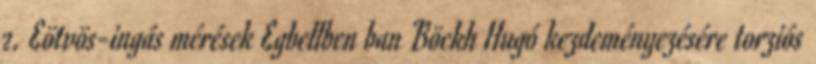
2. Eötvös-ingás mérések Egbellben ban Böckh Hugó kezdeményezésére torziós